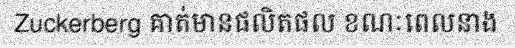
Zuckerberg គាត់មានផលិតផល ខណៈពេលនាង